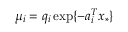
\mu _ { i } = q _ { i } \exp \{ - a _ { i } ^ { T } x _ { * } \}